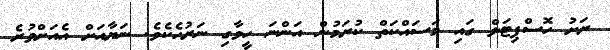
ރަށު ހޮސްޕިޓަލް ގައި މަސައްކަތް ކުރަމުން އަންނަ ހީވާގި ނަރުހެކެވެ. ނަޔާއަށް އެއަަށްވުރެ